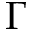
\Gamma